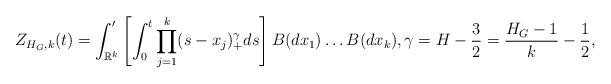
LaTeX: \begin{align*}Z_{H_G,k}(t)=\int_{\mathbb{R}^k}' \left[ \int_0^t \prod_{j=1}^k (s-x_j)_+^{\gamma} ds\right] B(dx_1)\ldots B(dx_k),\gamma=H-\frac{3}{2}=\frac{H_G-1}{k}-\frac{1}{2},\end{align*}